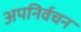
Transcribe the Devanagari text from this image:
अपनिर्वचन